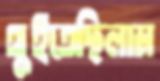
থুইতেছিলাম